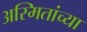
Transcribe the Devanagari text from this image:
अस्मितांच्या